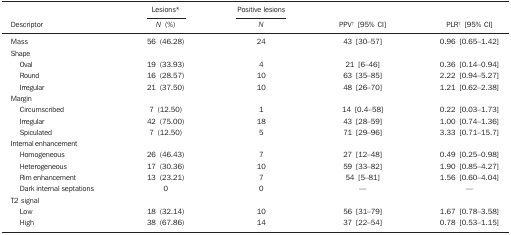
|  | Lesions* |  | Positive lesions |  |  |
 | Descriptor | N (%) |  | N | PPV† [95% CI] | PLR† [95% CI] |
 | --- | --- | --- | --- | --- | --- |
 | Mass | 56 (46.28) |  | 24 | 43 [30–57] | 0.96 [0.65–1.42] |
 | Shape |  |  |  |  |  |
 | Oval | 19 (33.93) |  | 4 | 21 [6–46] | 0.36 [0.14–0.94] |
 | Round | 16 (28.57) |  | 10 | 63 [35–85] | 2.22 [0.94–5.27] |
 | Irregular | 21 (37.50) |  | 10 | 48 [26–70] | 1.21 [0.62–2.38] |
 | Margin |  |  |  |  |  |
 | Circumscribed | 7 (12.50) |  | 1 | 14 [0.4–58] | 0.22 [0.03–1.73] |
 | Irregular | 42 (75.00) |  | 18 | 43 [28–59] | 1.00 [0.74–1.36] |
 | Spiculated | 7 (12.50) |  | 5 | 71 [29–96] | 3.33 [0.71–15.7] |
 | Internal enhancement |  |  |  |  |  |
 | Homogeneous | 26 (46.43) |  | 7 | 27 [12–48] | 0.49 [0.25–0.98] |
 | Heterogeneous | 17 (30.36) |  | 10 | 59 [33–82] | 1.90 [0.85–4.27] |
 | Rimenhancement | 13 (23.21) |  | 7 | 54 [5–81] | 1.56 [0.60–4.04] |
 | Dark internalseptations | 0 |  | 0 | — | — |
 | T2 signal |  |  |  |  |  |
 | Low | 18 (32.14) |  | 10 | 56 [31–79] | 1.67 [0.78–3.58] |
 | High | 38 (67.86) |  | 14 | 37 [22–54] | 0.78 [0.53–1.15] |